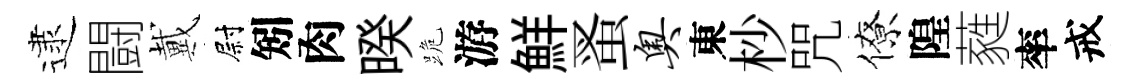
逮闘戴尉矧肉暌跪游鮮蚤奥東杪咒僚隍蕤率戒